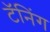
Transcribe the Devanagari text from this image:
टॅनिंग